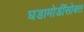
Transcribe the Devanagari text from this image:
घडामोडींसोबत